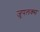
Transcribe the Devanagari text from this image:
जुपलक्स